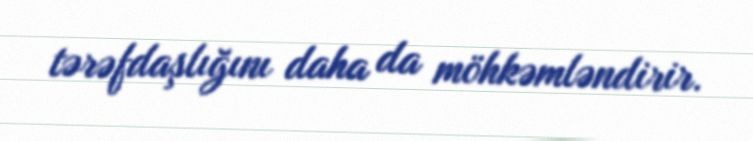
tərəfdaşlığını daha da möhkəmləndirir.